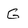
Character: G